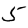
Digit: 5